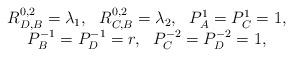
LaTeX: \begin{align*}\begin{array}{cc}R_{D,B}^{0,2} = \lambda_1, \ \ R_{C,B}^{0,2} = \lambda_2, \ \ P_A^1 = P_C^1 = 1, \\P_B^{-1} =P_D^{-1} = r, \ \ P_C^{-2} = P_D^{-2} = 1,\end{array}\end{align*}